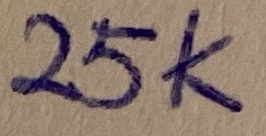
Text: 25K